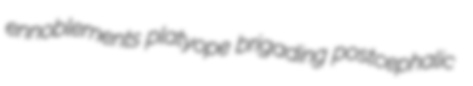
ennoblements platyope brigading postcephalic